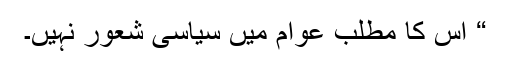
“ اس کا مطلب عوام میں سیاسی شعور نہیں۔